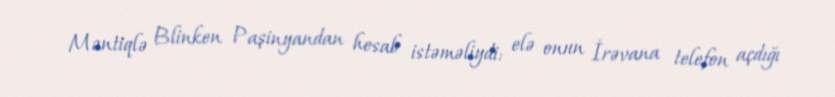
Məntiqlə Blinken Paşinyandan hesab istəməliydi: elə onun İrəvana telefon açdığı